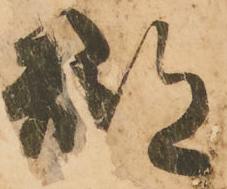
郡